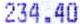
234.40